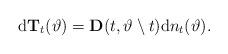
LaTeX: \begin{align*}\mathrm{d}\mathbf{T}_t(\vartheta)=\mathbf{D}(t,\vartheta\setminus t)\mathrm{d}n_t(\vartheta).\end{align*}